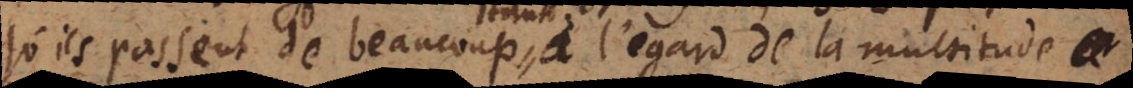
qu’ils passent de beaucoup à l’egard de la multitude